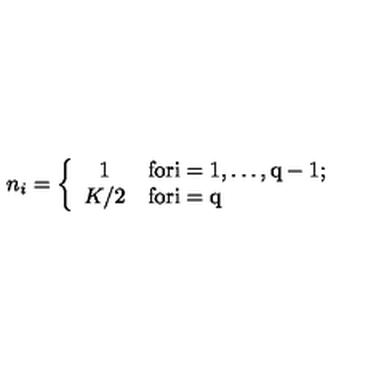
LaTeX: n _ { i } = \left\{ \begin{array} { c l } { 1 } & { \mathrm { f o r i = 1 , \dots , q - 1 ; } } \\ { K / 2 } & { \mathrm { f o r i = q } } \\ \end{array} \right.